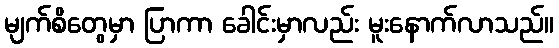
မျက်စိတွေမှာ ပြာကာ ခေါင်းမှာလည်း မူးနောက်လာသည်။